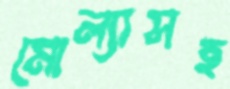
মোল্যাসহ